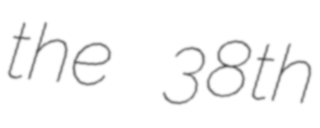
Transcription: the 38th